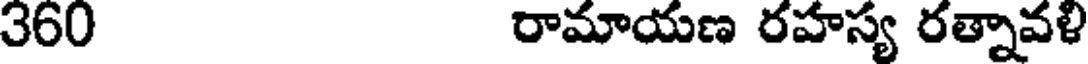
360 రామాయణ రహస్య రత్నావళి